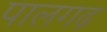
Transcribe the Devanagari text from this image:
पालगढ़